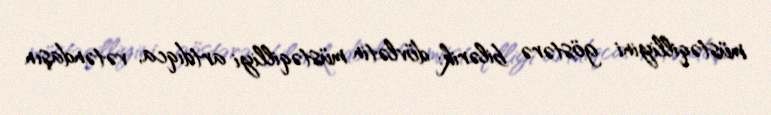
müstəqilliyini göstərə bilərik: dövlətin müstəqilliyi artdıqca, vətəndaşın